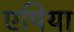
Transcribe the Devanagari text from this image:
एषिया